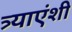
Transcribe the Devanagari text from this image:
त्र्याएंशी